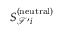
S _ { \mathcal { F } ^ { \prime } i } ^ { ( \mathrm { n e u t r a l } ) }